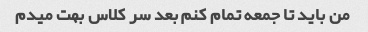
من باید تا جمعه تمام کنم بعد سر کلاس بهت میدم